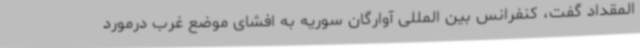
المقداد گفت، کنفرانس بین المللی آوارگان سوریه به افشای موضع غرب درمورد